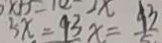
5 x = 9 3 x = 4 3